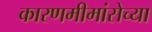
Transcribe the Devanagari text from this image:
कारणमीमांसेच्या